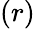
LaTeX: \left(r\right)